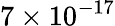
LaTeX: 7\times 10^{-17}